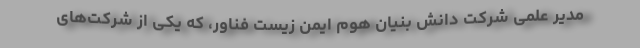
مدیر علمی شرکت دانش بنیان هوم ایمن زیست فناور، که یکی از شرکت‌های